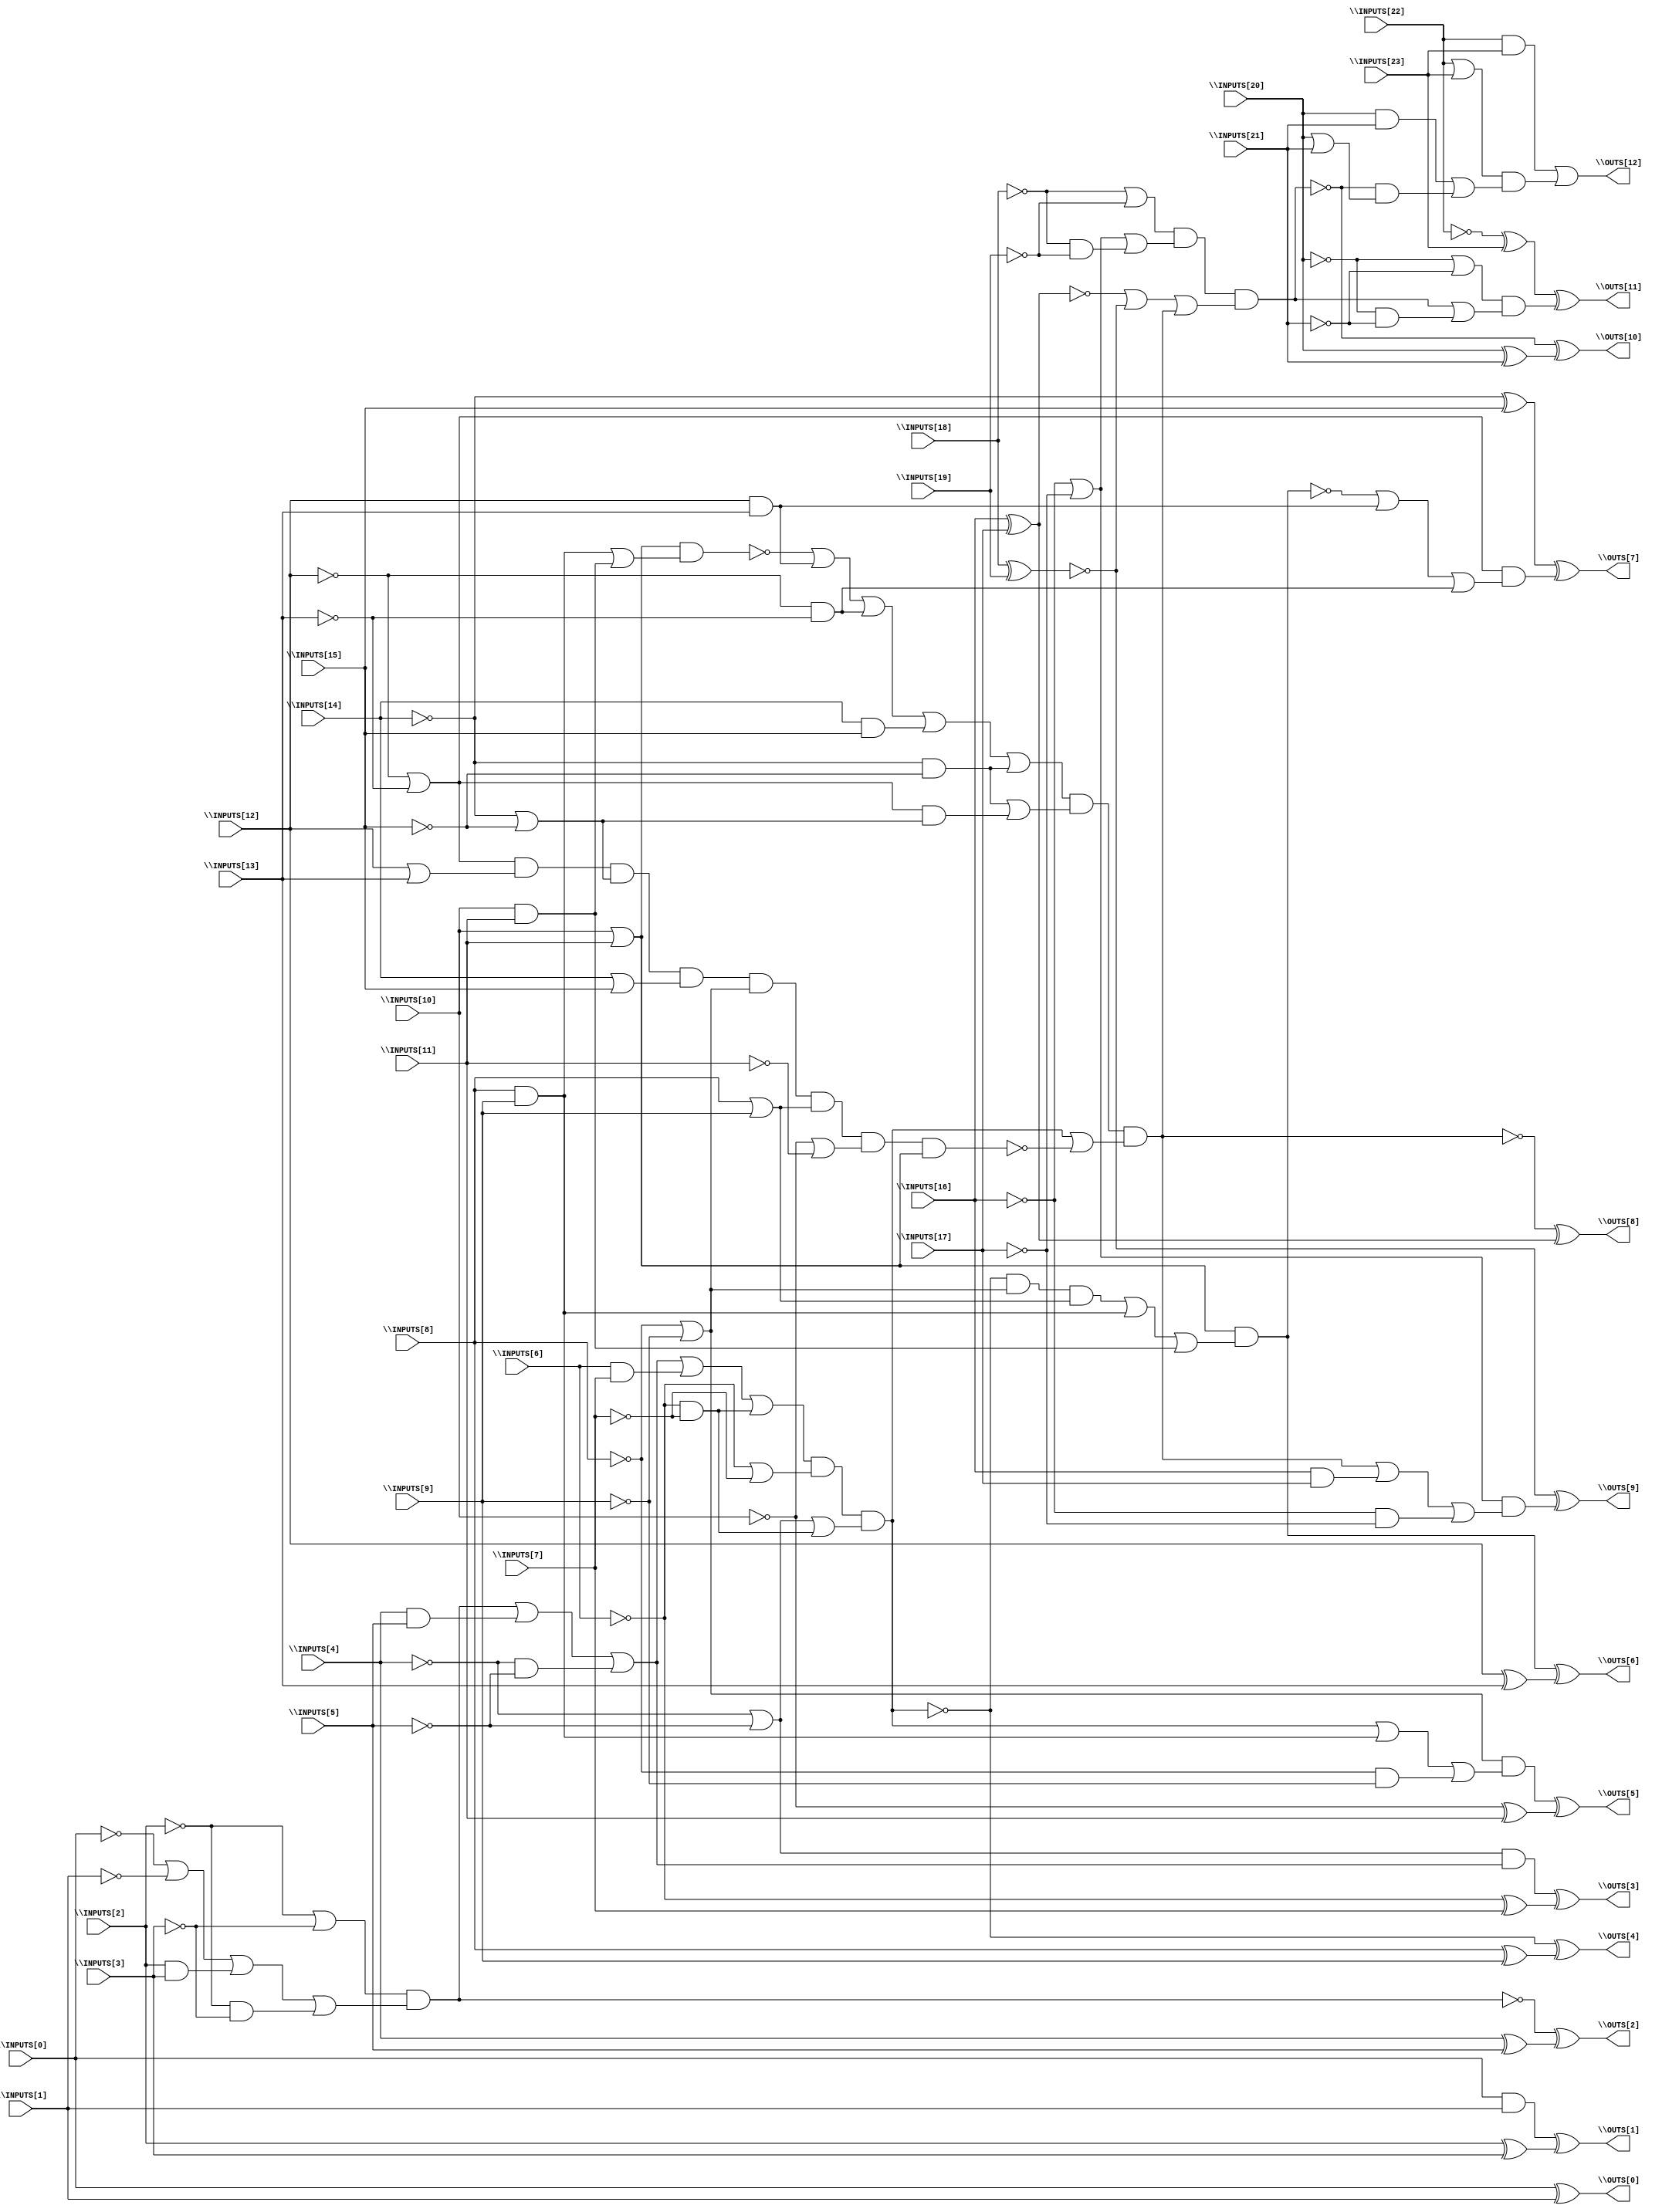
// Benchmark "BrentKung" written by ABC on Sat Dec 04 19:15:14 2021

module BrentKung ( 
    \INPUTS[0] , \INPUTS[1] , \INPUTS[2] , \INPUTS[3] , \INPUTS[4] ,
    \INPUTS[5] , \INPUTS[6] , \INPUTS[7] , \INPUTS[8] , \INPUTS[9] ,
    \INPUTS[10] , \INPUTS[11] , \INPUTS[12] , \INPUTS[13] , \INPUTS[14] ,
    \INPUTS[15] , \INPUTS[16] , \INPUTS[17] , \INPUTS[18] , \INPUTS[19] ,
    \INPUTS[20] , \INPUTS[21] , \INPUTS[22] , \INPUTS[23] ,
    \OUTS[0] , \OUTS[1] , \OUTS[2] , \OUTS[3] , \OUTS[4] , \OUTS[5] ,
    \OUTS[6] , \OUTS[7] , \OUTS[8] , \OUTS[9] , \OUTS[10] , \OUTS[11] ,
    \OUTS[12]   );
  input  \INPUTS[0] , \INPUTS[1] , \INPUTS[2] , \INPUTS[3] , \INPUTS[4] ,
    \INPUTS[5] , \INPUTS[6] , \INPUTS[7] , \INPUTS[8] , \INPUTS[9] ,
    \INPUTS[10] , \INPUTS[11] , \INPUTS[12] , \INPUTS[13] , \INPUTS[14] ,
    \INPUTS[15] , \INPUTS[16] , \INPUTS[17] , \INPUTS[18] , \INPUTS[19] ,
    \INPUTS[20] , \INPUTS[21] , \INPUTS[22] , \INPUTS[23] ;
  output \OUTS[0] , \OUTS[1] , \OUTS[2] , \OUTS[3] , \OUTS[4] , \OUTS[5] ,
    \OUTS[6] , \OUTS[7] , \OUTS[8] , \OUTS[9] , \OUTS[10] , \OUTS[11] ,
    \OUTS[12] ;
  wire new_n42_, new_n45_, new_n48_, new_n51_, new_n52_, new_n53_, new_n54_,
    new_n55_, new_n56_, new_n58_, new_n60_, new_n61_;
  assign \OUTS[0]  = \INPUTS[0]  ^ \INPUTS[1] ;
  assign \OUTS[1]  = (\INPUTS[0]  & \INPUTS[1] ) ^ (\INPUTS[2]  ^ \INPUTS[3] );
  assign \OUTS[2]  = ~new_n42_ ^ (\INPUTS[4]  ^ \INPUTS[5] );
  assign new_n42_ = (~\INPUTS[2]  | ~\INPUTS[3] ) & (~\INPUTS[0]  | ~\INPUTS[1]  | (\INPUTS[2]  & \INPUTS[3] ) | (~\INPUTS[2]  & ~\INPUTS[3] ));
  assign \OUTS[3]  = ((~\INPUTS[4]  | ~\INPUTS[5] ) & (new_n42_ | (\INPUTS[4]  & \INPUTS[5] ) | (~\INPUTS[4]  & ~\INPUTS[5] ))) ^ (~\INPUTS[6]  ^ \INPUTS[7] );
  assign \OUTS[4]  = ~new_n45_ ^ (\INPUTS[8]  ^ \INPUTS[9] );
  assign new_n45_ = (new_n42_ | (\INPUTS[4]  & \INPUTS[5] ) | (~\INPUTS[4]  & ~\INPUTS[5] ) | (\INPUTS[6]  & \INPUTS[7] ) | (~\INPUTS[6]  & ~\INPUTS[7] )) & (~\INPUTS[6]  | ~\INPUTS[7] ) & (~\INPUTS[4]  | ~\INPUTS[5]  | (~\INPUTS[6]  & ~\INPUTS[7] ));
  assign \OUTS[5]  = ((~\INPUTS[8]  | ~\INPUTS[9] ) & (new_n45_ | (\INPUTS[8]  & \INPUTS[9] ) | (~\INPUTS[8]  & ~\INPUTS[9] ))) ^ (~\INPUTS[10]  ^ \INPUTS[11] );
  assign \OUTS[6]  = new_n48_ ^ (\INPUTS[12]  ^ \INPUTS[13] );
  assign new_n48_ = (\INPUTS[10]  | \INPUTS[11] ) & ((~new_n45_ & (~\INPUTS[8]  | ~\INPUTS[9] ) & (\INPUTS[8]  | \INPUTS[9] )) | (\INPUTS[8]  & \INPUTS[9] ) | (\INPUTS[10]  & \INPUTS[11] ));
  assign \OUTS[7]  = (~\INPUTS[14]  ^ \INPUTS[15] ) ^ ((~\INPUTS[12]  | ~\INPUTS[13] ) & (~new_n48_ | (\INPUTS[12]  & \INPUTS[13] ) | (~\INPUTS[12]  & ~\INPUTS[13] )));
  assign \OUTS[8]  = ~new_n51_ ^ new_n56_;
  assign new_n51_ = new_n54_ & (new_n45_ | ~new_n52_);
  assign new_n52_ = new_n53_ & (~\INPUTS[8]  | ~\INPUTS[9] ) & (\INPUTS[8]  | \INPUTS[9] ) & (~\INPUTS[10]  | ~\INPUTS[11] ) & (\INPUTS[10]  | \INPUTS[11] );
  assign new_n53_ = (~\INPUTS[12]  | ~\INPUTS[13] ) & (\INPUTS[12]  | \INPUTS[13] ) & (~\INPUTS[14]  | ~\INPUTS[15] ) & (\INPUTS[14]  | \INPUTS[15] );
  assign new_n54_ = (~new_n55_ | (\INPUTS[12]  & \INPUTS[13] ) | (~\INPUTS[12]  & ~\INPUTS[13] ) | (\INPUTS[14]  & \INPUTS[15] ) | (~\INPUTS[14]  & ~\INPUTS[15] )) & ((~\INPUTS[14]  & ~\INPUTS[15] ) | ((~\INPUTS[12]  | ~\INPUTS[13] ) & (~\INPUTS[14]  | ~\INPUTS[15] )));
  assign new_n55_ = (\INPUTS[10]  | \INPUTS[11] ) & ((\INPUTS[8]  & \INPUTS[9] ) | (\INPUTS[10]  & \INPUTS[11] ));
  assign new_n56_ = \INPUTS[16]  ^ \INPUTS[17] ;
  assign \OUTS[9]  = ~new_n58_ ^ ((~\INPUTS[16]  | ~\INPUTS[17] ) & (new_n51_ | (\INPUTS[16]  & \INPUTS[17] ) | (~\INPUTS[16]  & ~\INPUTS[17] )));
  assign new_n58_ = \INPUTS[18]  ^ \INPUTS[19] ;
  assign \OUTS[10]  = ~new_n60_ ^ (\INPUTS[20]  ^ \INPUTS[21] );
  assign new_n60_ = new_n61_ & (~new_n56_ | ~new_n58_ | (new_n54_ & (new_n45_ | ~new_n52_)));
  assign new_n61_ = (~\INPUTS[18]  | ~\INPUTS[19] ) & (~\INPUTS[16]  | ~\INPUTS[17]  | (~\INPUTS[18]  & ~\INPUTS[19] ));
  assign \OUTS[11]  = (~\INPUTS[22]  ^ \INPUTS[23] ) ^ ((~\INPUTS[20]  | ~\INPUTS[21] ) & (new_n60_ | (~\INPUTS[20]  & ~\INPUTS[21] )));
  assign \OUTS[12]  = (\INPUTS[22]  & \INPUTS[23] ) | ((\INPUTS[22]  | \INPUTS[23] ) & ((\INPUTS[20]  & \INPUTS[21] ) | (~new_n60_ & (\INPUTS[20]  | \INPUTS[21] ))));
endmodule